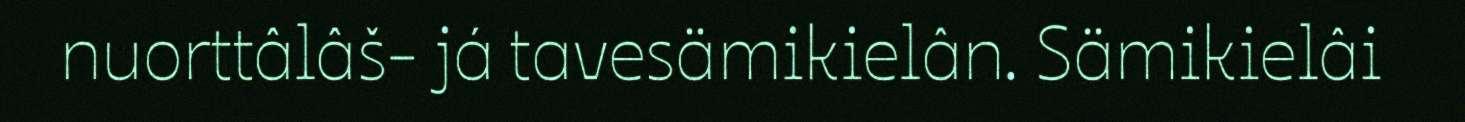
nuorttâlâš- já tavesämikielân. Sämikielâi